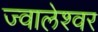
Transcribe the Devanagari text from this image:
ज्‍वालेश्‍वर